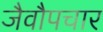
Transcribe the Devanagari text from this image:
जैवौपचार